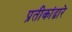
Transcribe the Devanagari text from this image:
प्रतीकांद्वारे